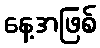
နေ့အဖြစ်